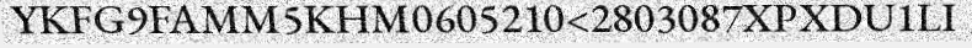
YKFG9FAMM5KHM0605210<2803087XPXDU1LI